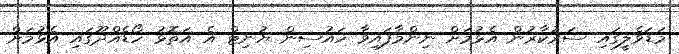
މަޑަވެލީގައި ސަރުކާރުން އެޅުމަށް ނިންމާފައިވާ ހައުސިން ޔުނިޓް އެ އަތޮޅު ހޯޑެއްދޫގައި އެޅުމަށް